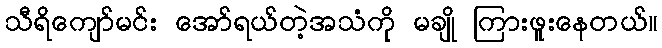
သီရိကျော်မင်း အော်ရယ်တဲ့အသံကို မချို ကြားဖူးနေတယ်။